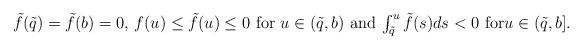
LaTeX: \begin{align*}\mbox{$\tilde f(\tilde q)=\tilde f(b)=0$, $f(u)\leq \tilde f(u)\leq 0$ for $u\in (\tilde q, b)$ and $\int_{\tilde q}^u\tilde f(s)ds<0 $ for$u\in (\tilde q, b]$.}\end{align*}